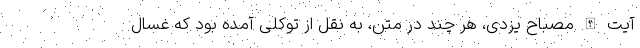
آیت الله مصباح یزدی، هر چند در متن، به نقل از توکلی آمده بود که غسال